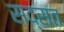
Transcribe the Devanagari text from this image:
सद्सत